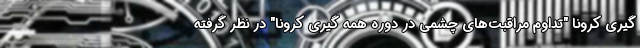
گیری کرونا "تداوم مراقبت‌های چشمی در دوره همه گیری کرونا" در نظر گرفته